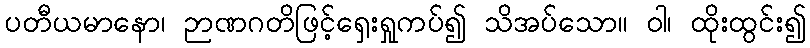
ပတီယမာနော၊ ဉာဏဂတိဖြင့်ရှေးရှုကပ်၍ သိအပ်သော။ ဝါ၊ ထိုးထွင်း၍